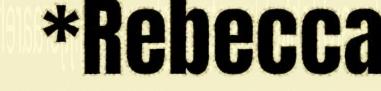
*Rebecca